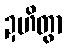
ဍဟိတွာ